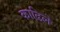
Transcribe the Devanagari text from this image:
काढिले